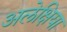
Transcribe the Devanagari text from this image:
अलेक्षिया